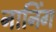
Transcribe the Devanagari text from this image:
नानिंग